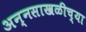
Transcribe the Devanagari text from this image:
अन्नसाखळीच्या